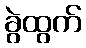
ခွဲထွက်